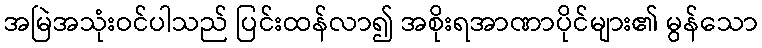
အမြဲအသုံးဝင်ပါသည် ပြင်းထန်လာ၍ အစိုးရအာဏာပိုင်များ၏ မွန်သော